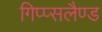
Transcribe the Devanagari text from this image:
गिप्प्सलैण्ड